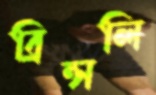
ব্রিন্সলি